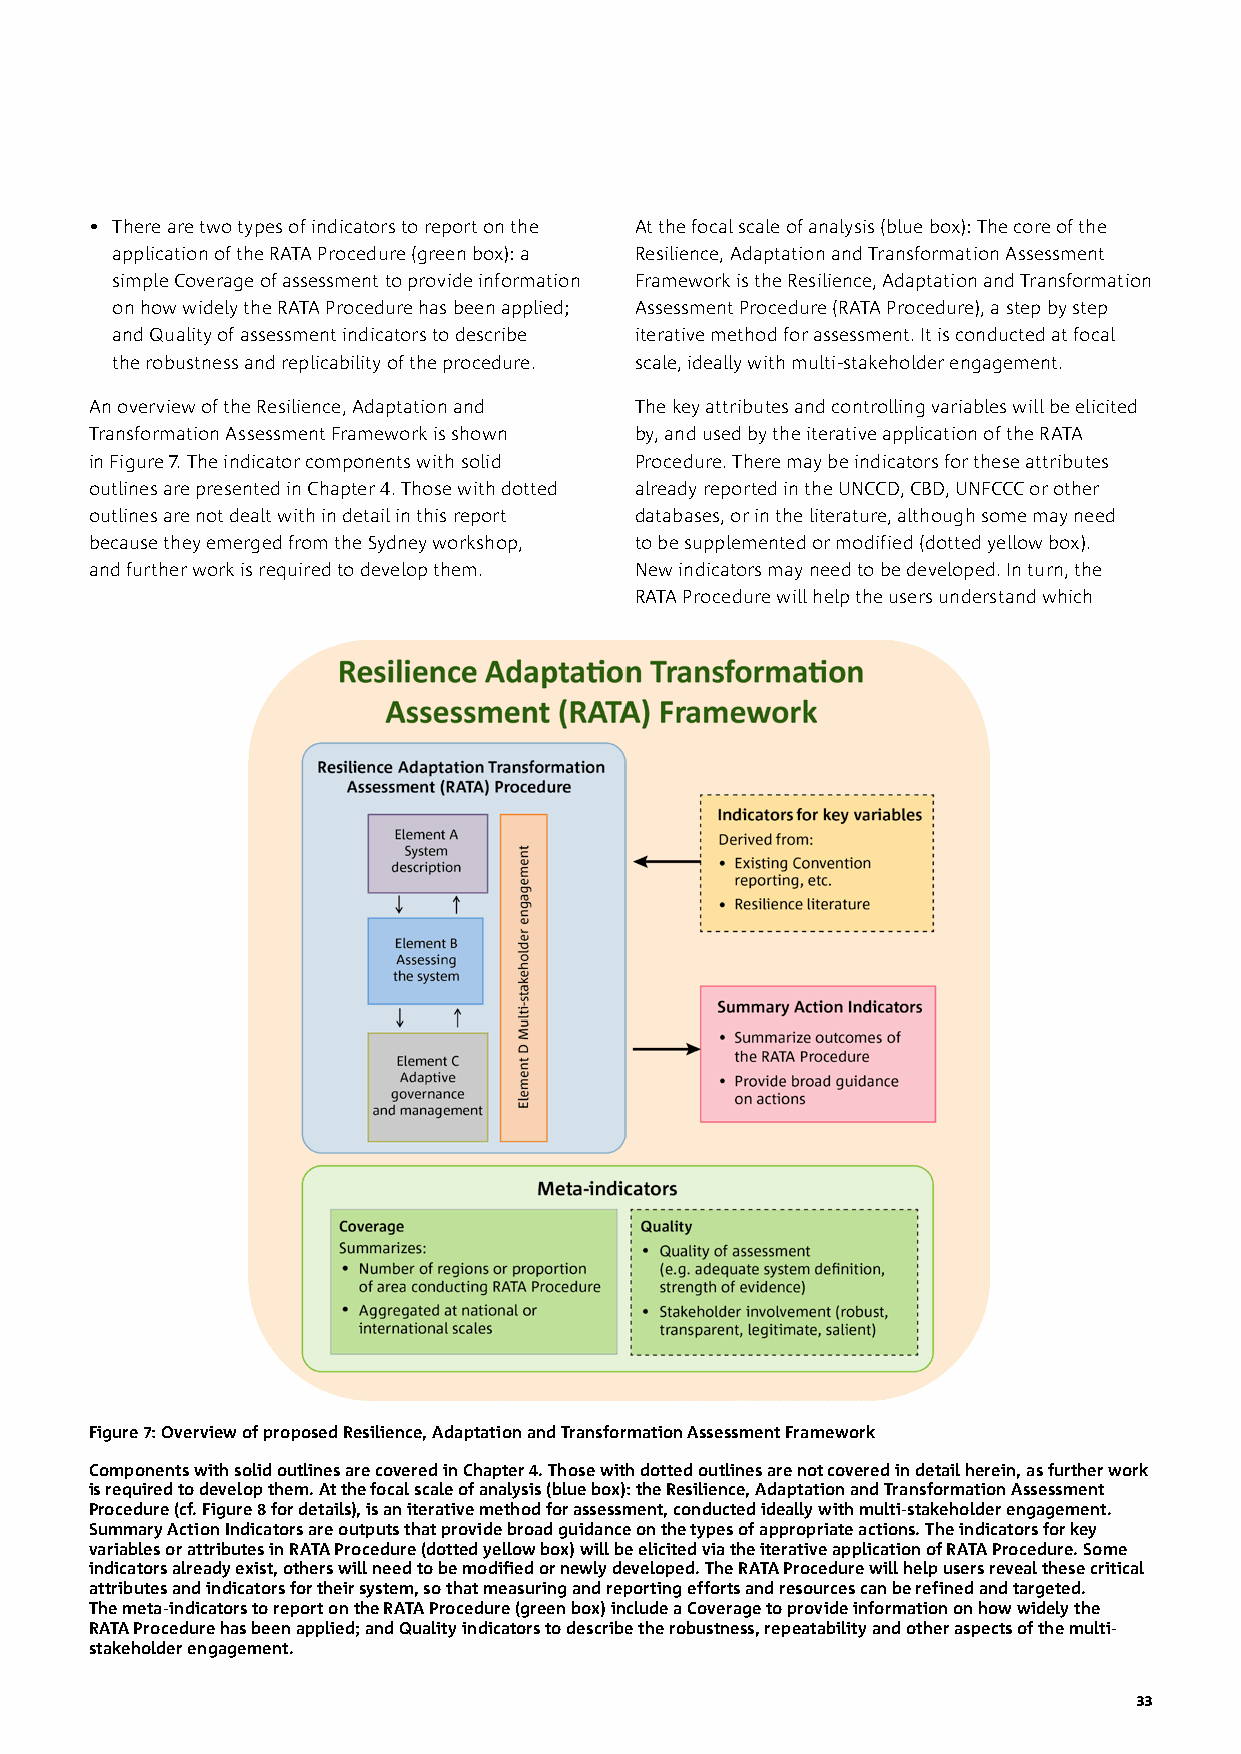
• There are two types of indicators to report on the At the focal scale of analysis (blue box): The core of the
 application of the RATA Procedure (green box): a Resilience, Adaptation and Transformation Assessment
 simple Coverage of assessment to provide information Framework is the Resilience, Adaptation and Transformation
 on how widely the RATA Procedure has been applied; Assessment Procedure (RATA Procedure), a step by step
 and Quality of assessment indicators to describe iterative method for assessment. It is conducted at focal
 the robustness and replicability of the procedure. scale, ideally with multi-stakeholder engagement.
 An overview of the Resilience, Adaptation and The key attributes and controlling variables will be elicited
 Transformation Assessment Framework is shown by, and used by the iterative application of the RATA
 in Figure 7. The indicator components with solid Procedure. There may be indicators for these attributes
 outlines are presented in Chapter 4. Those with dotted already reported in the UNCCD, CBD, UNFCCC or other
 outlines are not dealt with in detail in this report databases, or in the literature, although some may need
 because they emerged from the Sydney workshop, to be supplemented or modified (dotted yellow box).
 and further work is required to develop them. New indicators may need to be developed. In turn, the
 RATA Procedure will help the users understand which
 Figure 7: Overview of proposed Resilience, Adaptation and Transformation Assessment Framework
 Components with solid outlines are covered in Chapter 4. Those with dotted outlines are not covered in detail herein, as further work
 is required to develop them. At the focal scale of analysis (blue box): the Resilience, Adaptation and Transformation Assessment
 Procedure (cf. Figure 8 for details), is an iterative method for assessment, conducted ideally with multi-stakeholder engagement.
 Summary Action Indicators are outputs that provide broad guidance on the types of appropriate actions. The indicators for key
 variables or attributes in RATA Procedure (dotted yellow box) will be elicited via the iterative application of RATA Procedure. Some
 indicators already exist, others will need to be modified or newly developed. The RATA Procedure will help users reveal these critical
 attributes and indicators for their system, so that measuring and reporting efforts and resources can be refined and targeted.
 The meta-indicators to report on the RATA Procedure (green box) include a Coverage to provide information on how widely the
 RATA Procedure has been applied; and Quality indicators to describe the robustness, repeatability and other aspects of the multi-
 stakeholder engagement.
 33